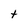
Character: t